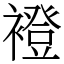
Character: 䙞